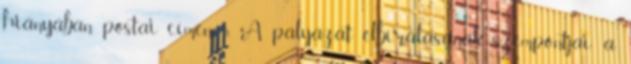
hiányában postai címen. 5. A pályázat elbírálásának szempontjai: a